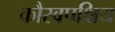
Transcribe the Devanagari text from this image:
कौरवपक्षिय